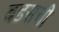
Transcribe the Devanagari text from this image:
बडसची